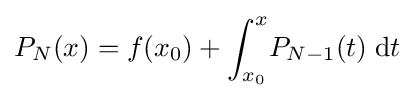
\displaystyle P_{N}(x)=f(x_{0})+\int _{x_{0}}^{x}\!P_{N-1}(t)\;\mathrm {d} t